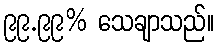
၉၉.၉၉% သေချာသည်။